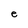
Character: e